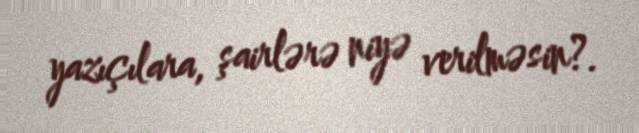
yazıçılara, şairlərə niyə verilməsin?.